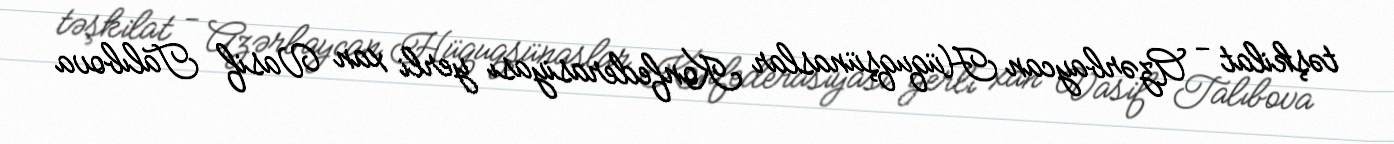
təşkilat - Azərbaycan Hüquqşünaslar Konfederasiyası yerli xan Vasif Talıbova